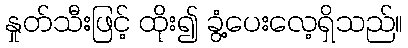
နှုတ်သီးဖြင့် ထိုး၍ ခွံ့ပေးလေ့ရှိသည်။